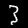
Digit: 3